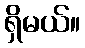
ရှိမယ်။